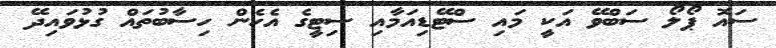
ސައޮ ޕޯލޯ ސަބްވޭ އަކީ މައި ސްޓޭޑިއަމާއި ސިޓީގެ އެހެން ހިސާބުތައް ގުޅުވައިދޭ